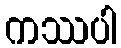
ကဿပါ